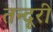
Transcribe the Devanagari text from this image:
तन्दूरी